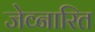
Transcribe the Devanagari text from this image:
जेव्नारित